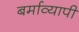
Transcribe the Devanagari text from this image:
बर्माव्यापी